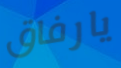
يارفاق